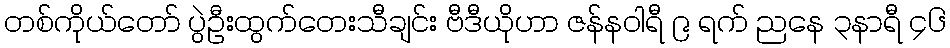
တစ်ကိုယ်တော် ပွဲဦးထွက်တေးသီချင်း ဗီဒီယိုဟာ ဇန်န၀ါရီ ၉ ရက် ညနေ ၃နာရီ ၄၆